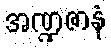
အဏ္ဍဇာနံ